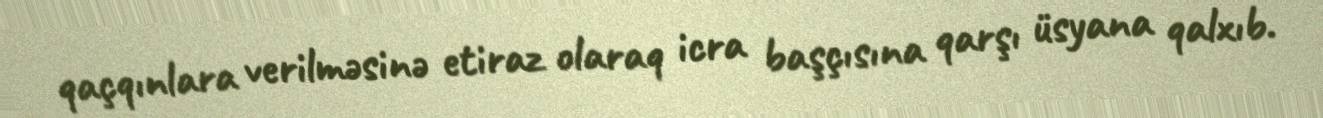
qaçqınlara verilməsinə etiraz olaraq icra başçısına qarşı üsyana qalxıb.